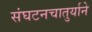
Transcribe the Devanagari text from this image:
संघटनचातुर्याने